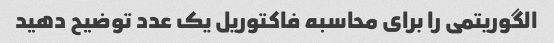
الگوریتمی را برای محاسبه فاکتوریل یک عدد توضیح دهید